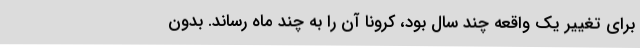
برای تغییر یک واقعه چند سال بود، کرونا آن را به چند ماه رساند. بدون